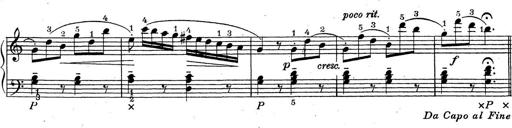
Title: ÄŒeskÃ© Sonatiny
Composer: Various